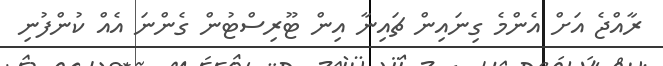
ރާއްޖެ އަށް އެންމެ ގިނައިން ޗައިނާ އިން ޓޫރިސްޓުން ގެންނަ އެއް ކުންފުނި